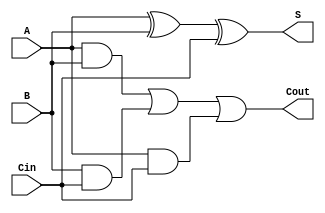
`timescale 1ns / 1ps
//////////////////////////////////////////////////////////////////////////////////
// Company: 
// Engineer: 
// 
// Design Name: 
// Module Name:    FullAdder 
// Project Name: 
// Target Devices: 
// Tool versions: 
// Description: 
//
// Dependencies: 
//
// Revision: 
// Revision 0.01 - File Created
// Additional Comments: 
//
//////////////////////////////////////////////////////////////////////////////////
module FullAdder(input wire A, B, Cin, output wire S, Cout);

  assign S = (A^B)^Cin;
  assign Cout = A&B | B&Cin | A&Cin;

endmodule